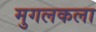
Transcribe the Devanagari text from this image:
मुगलकला